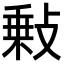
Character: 𢾦